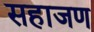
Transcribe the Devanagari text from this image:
सहाजण